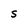
Character: S